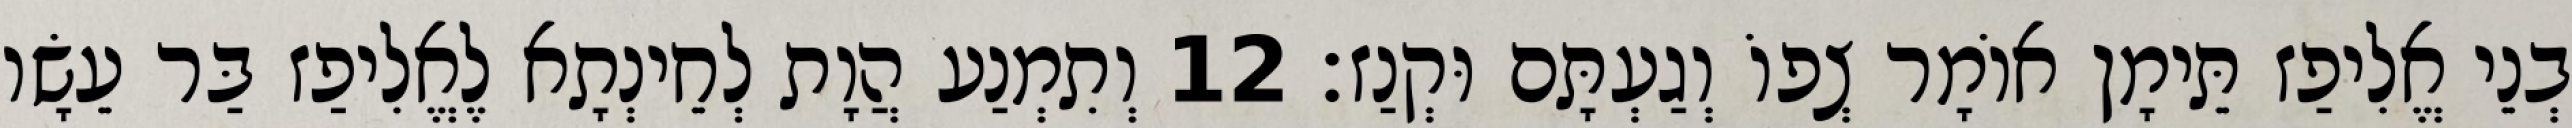
בְנֵי אֱלִיפַז תֵּימָן אוֹמָר צְפוֹ וְגַעְתָּם וּקְנַז׃ 12 וְתִמְנַע הֲוָת לְחֵינְתָא לֶאֱלִיפַז בַּר עֵשָׂו